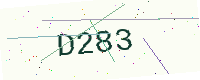
Text: D283